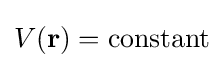
V(\mathbf {r} )={\text{constant}}